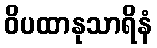
ဝိပထာနုသာရိနံ